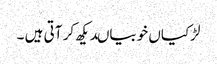
لڑکیاں خوبیاںدیکھ کر آتی ہیں ۔